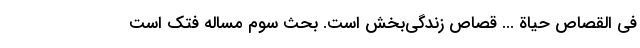
فِی الْقِصاصِ حَیاةٌ ... قصاص زندگی‌بخش است. بحث سوم مساله فتک است